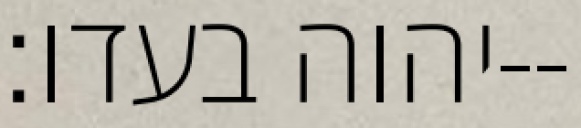
יהוה בעדו׃--